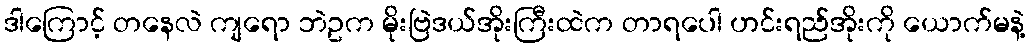
ဒါကြောင့် တနေလဲ ကျရော ဘဲဥက မိုးဗြဲဒယ်အိုးကြီးထဲက တာရပေါ ဟင်းရည်အိုးကို ယောက်မနဲ့